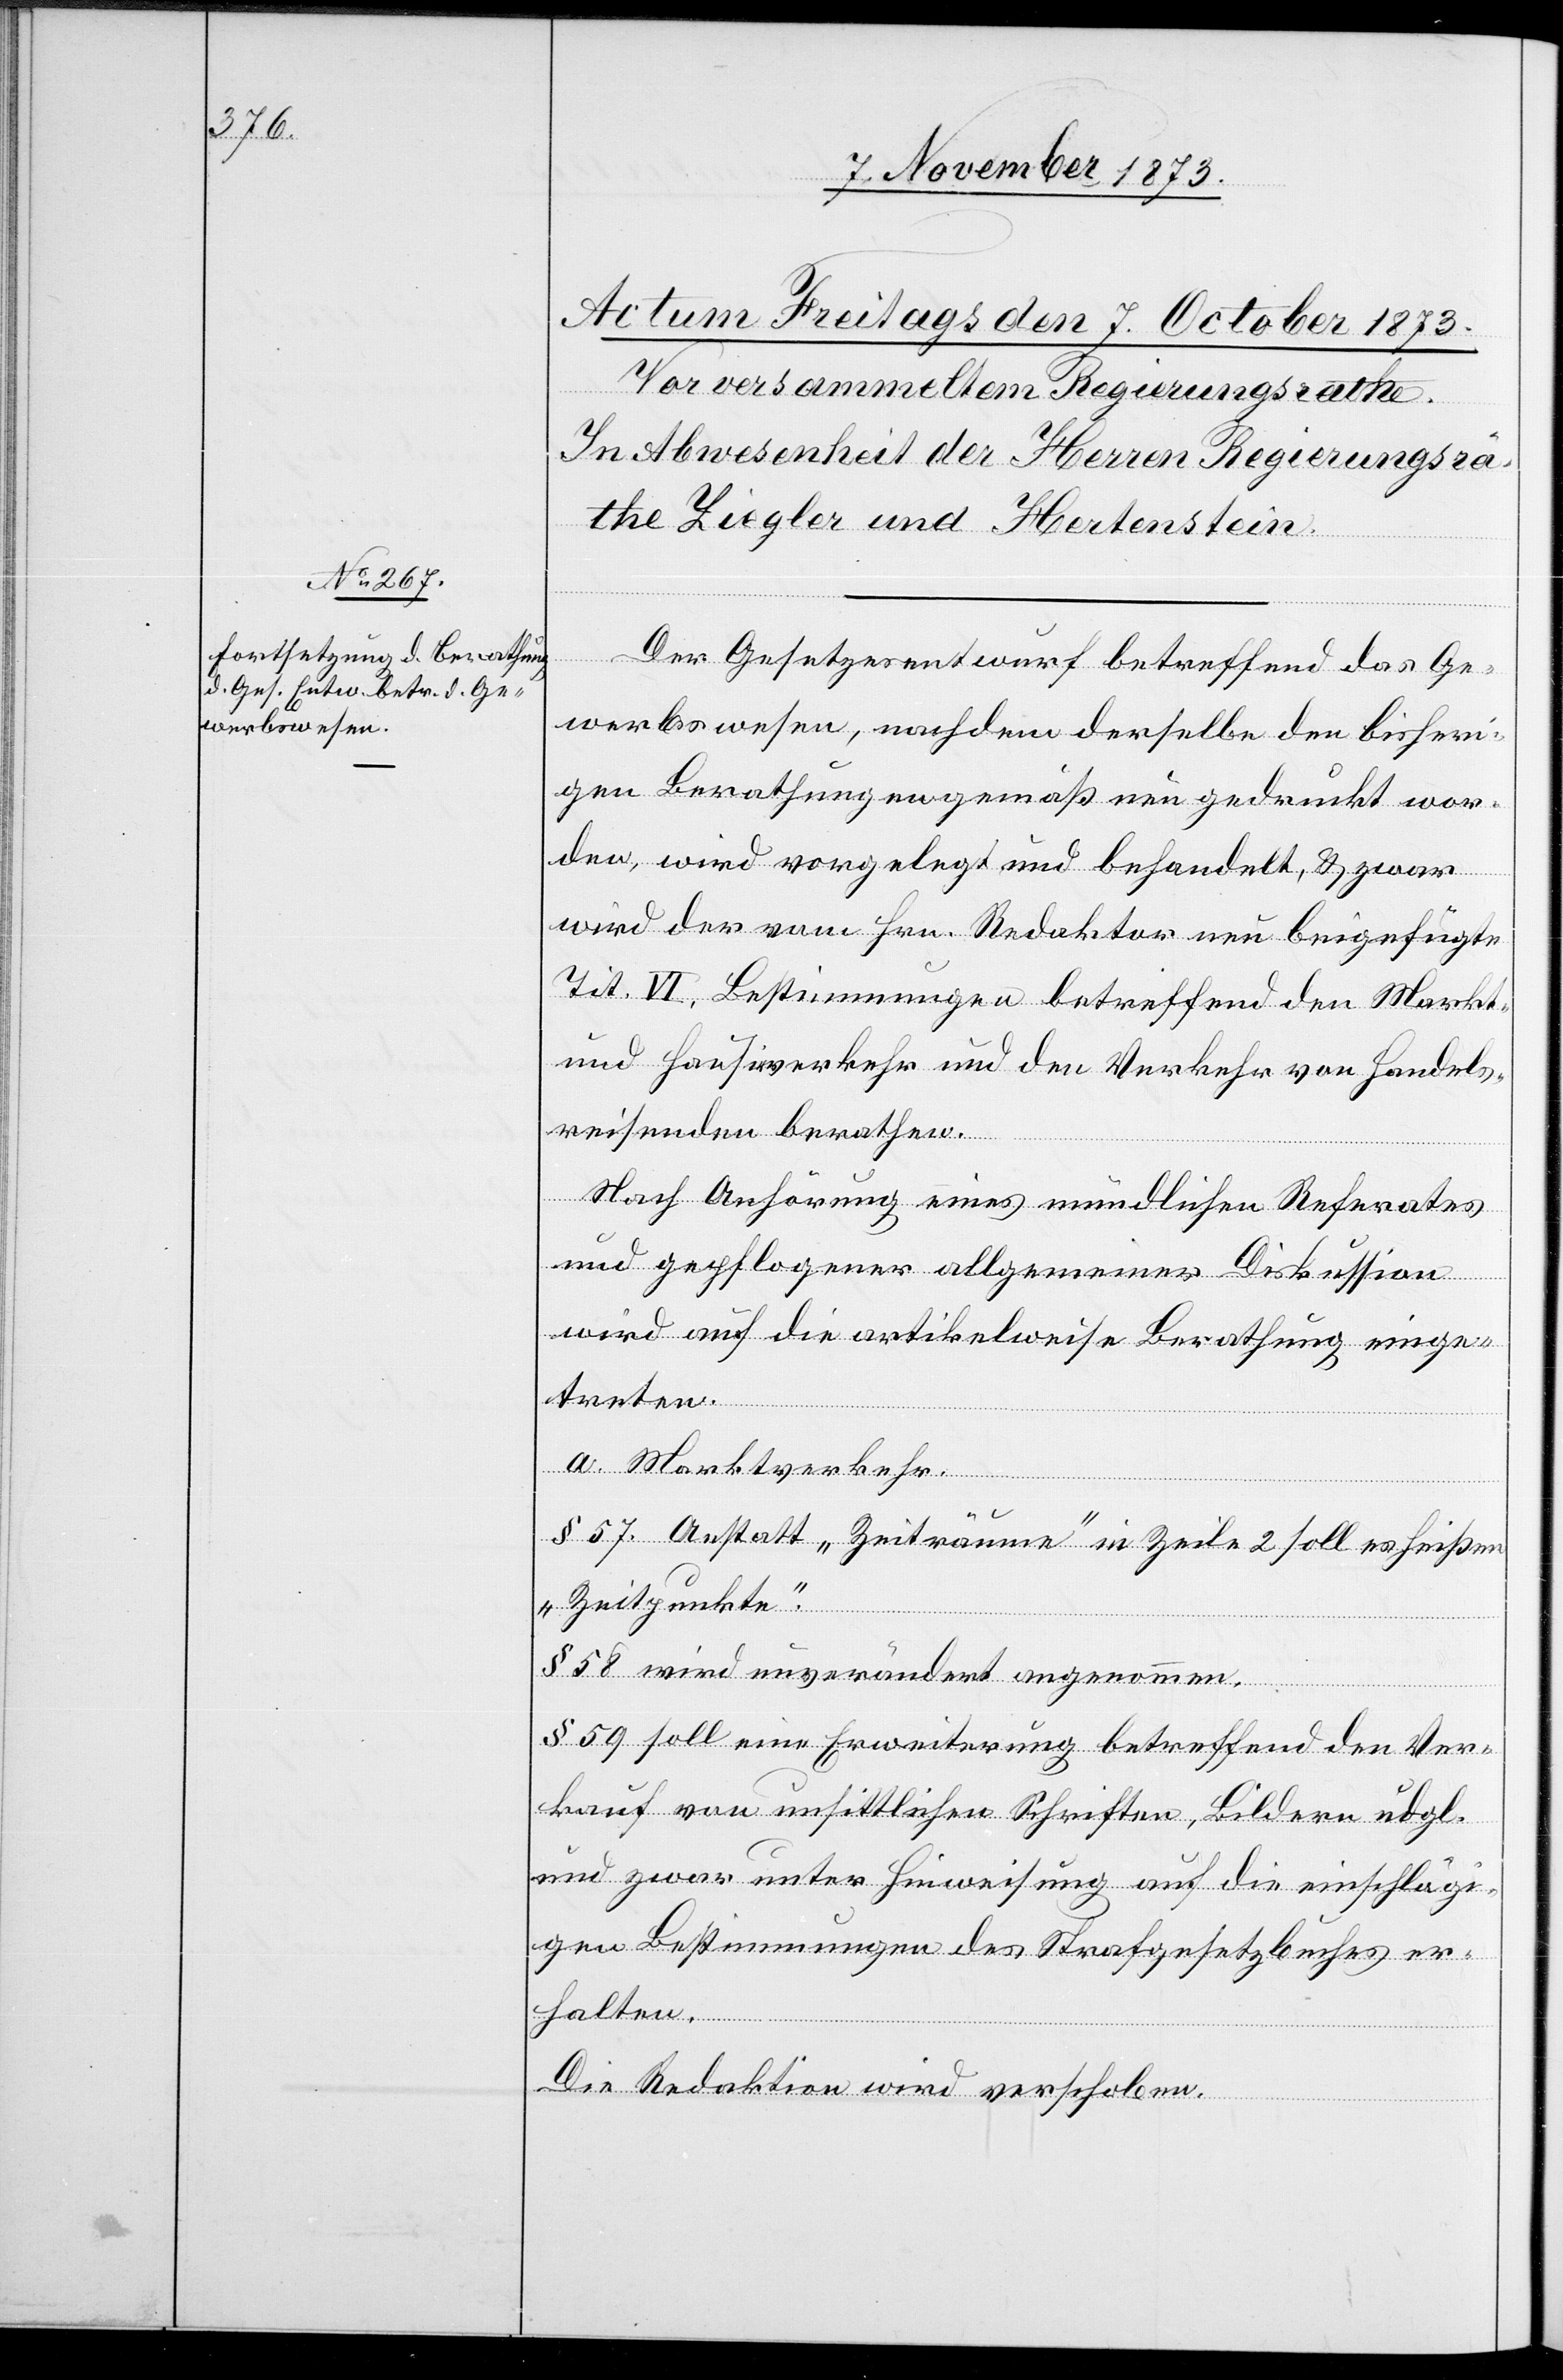
Der Gesetzesentwurf betreffend das Ge¬
werbswesen, nachdem derselbe den bisheri¬
gen Berathungen gemäß neu gedruckt wor¬
den, wird vorgelegt und behandelt, & zwar
wird der vom Hrn. Redaktor neu beigefügte
Tit. VI. Bestimmungen betreffend den Markt-
und Hausirverkehr und den Verkehr von Handels¬
reisenden berathen.
Nach Anhörung eines mündlichen Referates
und gepflogener allgemeiner Diskussion
wird auf die artikelweise Berathung einge¬
treten.
a. Marktverkehr.
§ 57. Anstatt „Zeiträume“ in Zeile 2 soll es heißen
„Zeitpunkte“.
§ 58 wird unverändert angenommen.
§ 59 soll eine Erweiterung betreffend den Ver¬
kauf von unsittlichen Schriften, Bildern udgl.
und zwar unter Hinweisung auf die einschlägi¬
gen Bestimmungen des Strafgesetzbuches er¬
halten.
Die Redaktion wird verschoben.